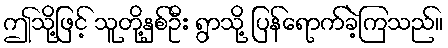
ဤသို့ဖြင့် သူတို့နှစ်ဦး ရွာသို့ ပြန်ရောက်ခဲ့ကြသည်။